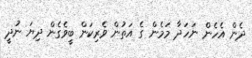
ދެން އެހެން ނަހަދާ މަމެން ގެ އަތުން ވެރިކަން ބީވެގެން ދިޔަ ނުދީ